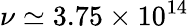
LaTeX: \nu\simeq 3.75\times 10^{14}